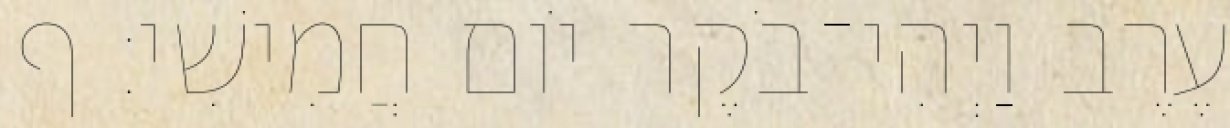
עֶרֶב וַיְהִי־בֹקֶר יֹום חֲמִישִׁי׃ ף